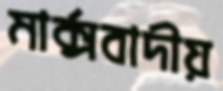
মার্ক্সবাদীয়